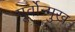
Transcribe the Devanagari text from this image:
पूर्वोन्मुख